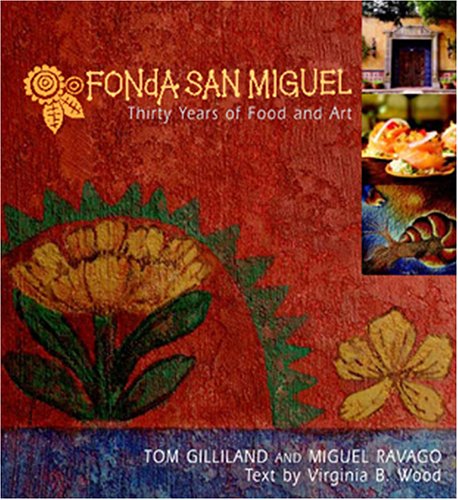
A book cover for Fonda San Miguel: Thirty Years Of Food And Art; Tom Gilliland; Cookbooks, Food & Wine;